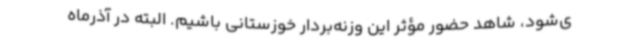
ی‌شود، شاهد حضور مؤثر این وزنه‌بردار خوزستانی باشیم. البته در آذرماه